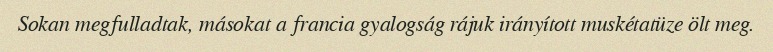
Sokan megfulladtak, másokat a francia gyalogság rájuk irányított muskétatüze ölt meg.